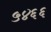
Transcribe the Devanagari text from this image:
५४६६